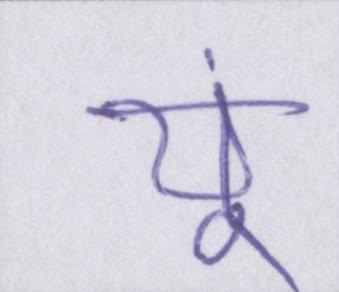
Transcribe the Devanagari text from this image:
यूं